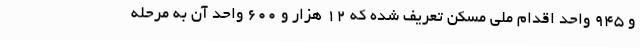
و ۹۴۵ واحد اقدام ملی مسکن تعریف شده که ۱۲ هزار و ۶۰۰ واحد آن به مرحله